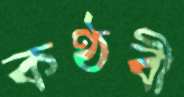
কণ্ঠবী